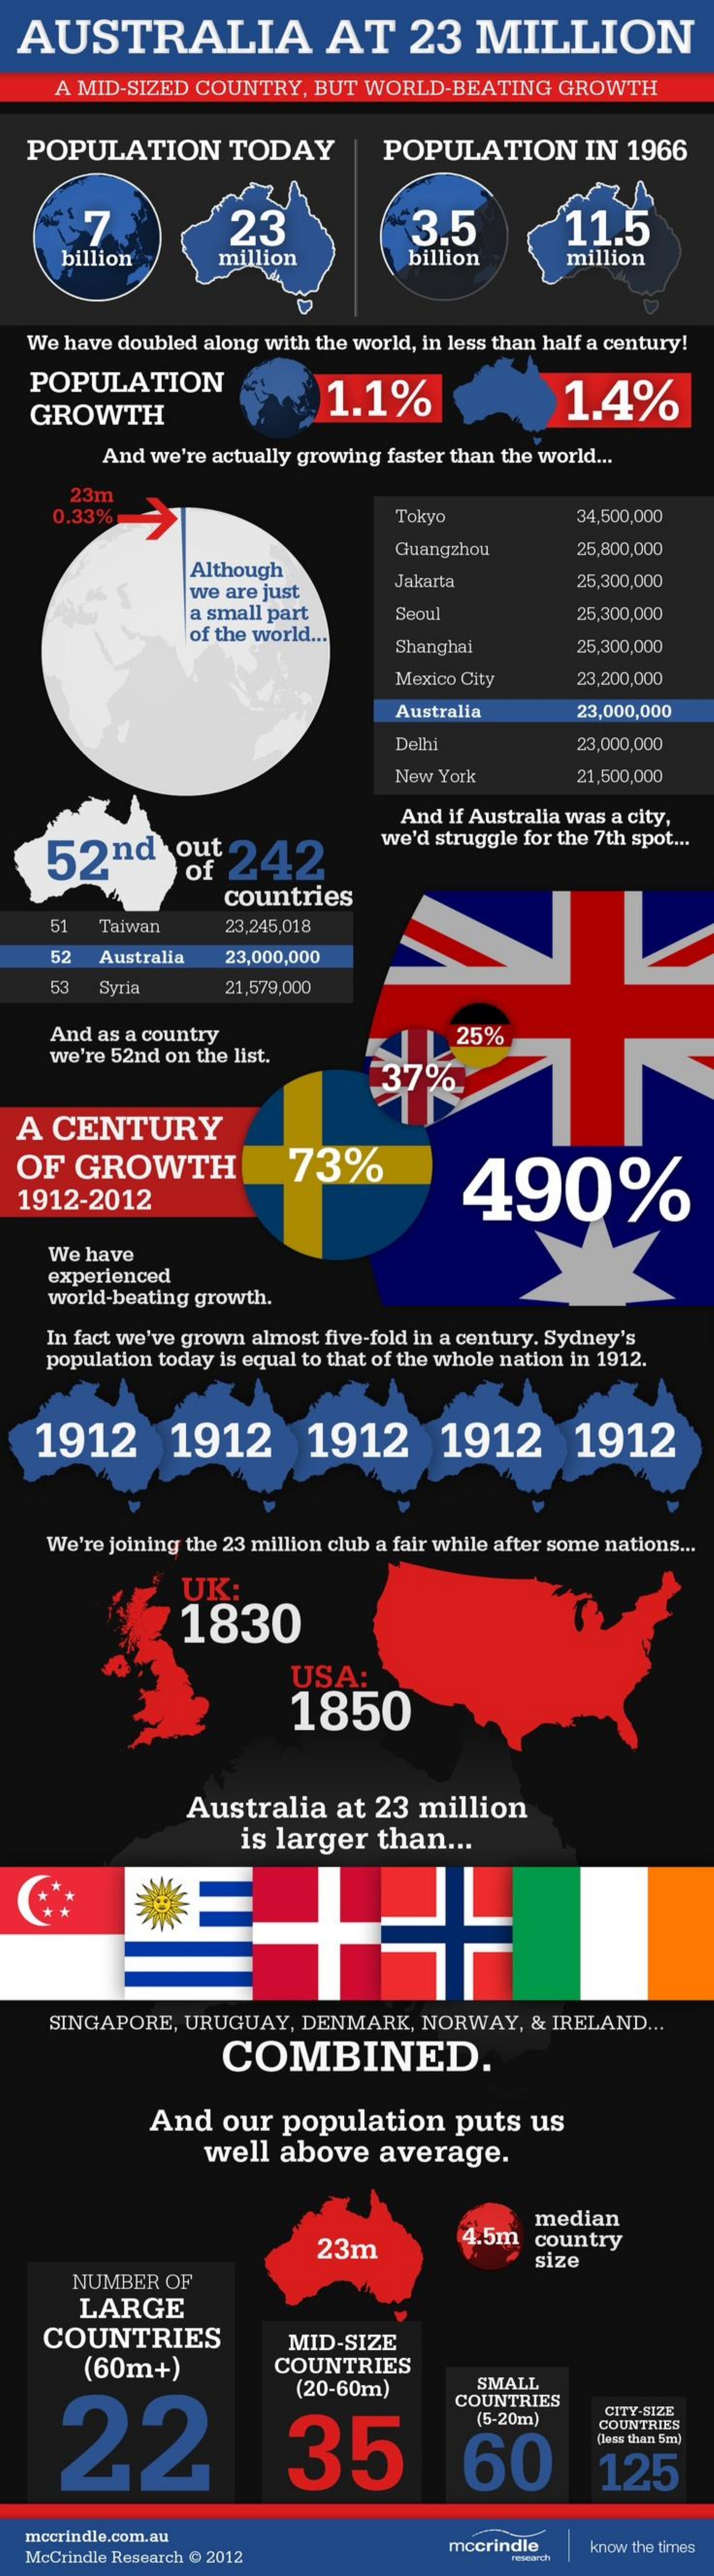
AUSTRALIA    AT    23    MILLION
     A MID-SIZED COUNTRY,  BUT  WORLD-BEATING    GROWTH
   POPULATION    TODAY    POPULATION    IN 1966
     23    3.5    11.5
     billion    million    billion    million
   We have doubled along with the world, in less than half a century!
   POPULATION
   GROWTH
     1.1%    1.4%
     And we're actually growing faster than the world ...
     23m
     0.33%    Tokyo    34,500,000
     Although
     Guangzhou    25,800,000
     we are just
     Jakarta    25,300,000
     a small part    Seoul    25,300,000
     of the world ...
     Shanghai    25,300,000
     Mexico City    23,200,000
     Australia    23,000,000
     Delhi    23,000,000
     New York    21,500,000
     And if Australia was a city,
    52nd    out
     of $242
     we'd struggle for the 7th spot ...
     countries
     51  Taiwan    23,245,018
     52  Australia  23,000,000
     53  Syria    21,579,000
     And as a country
     we're 52nd on the list.
     25%
     37%
  A CENTURY
  OF  GROWTH    73%
     490% 1912-2012
    We have
     experienced
     world-beating growth.
    In fact we've grown almost five-fold in a century. Sydney's
    population today is equal to that of the whole nation in 1912.
   1912    1912    1912    1912    1912
    We're joining the 23 million club a fair while after some nations ...
     UK:
     1830
     USA:
     1850
     Australia   at  23 million
     is larger   than  ...
     SINGAPORE, URUGUAY,  DENMARK,   NORWAY,  & IRELAND ...
     COMBINED.
     And   our  population    puts  us
     well  above    average.
     median
     23m    4.5m   country
     NUMBER  OF
     size
     LARGE
    COUNTRIES    MID-SIZE
     (60m+)    COUNTRIES
     22
     (20-60m)    SMALL
     COUNTRIES
     35
     (5-20m)    CITY.SIZE
     60
     COUNTRIES
     (less than 5m)
     125
   mccrindle.com.au
   McCrindle Research @ 2012
     mccrindle    know the times